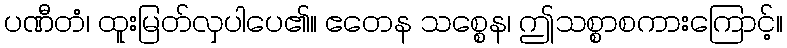
ပဏီတံ၊ ထူးမြတ်လှပါပေ၏။ ဧတေန သစ္စေန၊ ဤသစ္စာစကားကြောင့်။